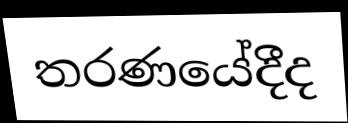
තරණයේදීද